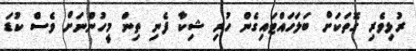
ރުޅިވެރި ގޮތަކަށް ބަލަހައްޓައިގެން ހުރި ޝިކާ ފެނި ތިން މީހުންނަށް ވެސް ކުޑަ